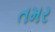
તમર